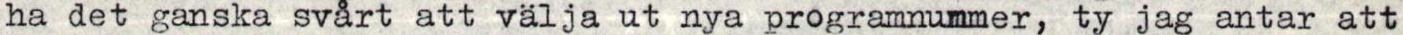
ha det ganska svårt att välja ut nya programnummer, ty jag antar att